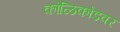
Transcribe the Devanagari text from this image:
कोळिकोडवर